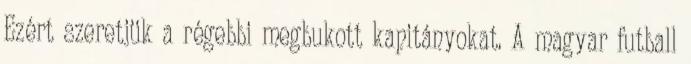
Ezért szeretjük a régebbi megbukott kapitányokat. A magyar futball